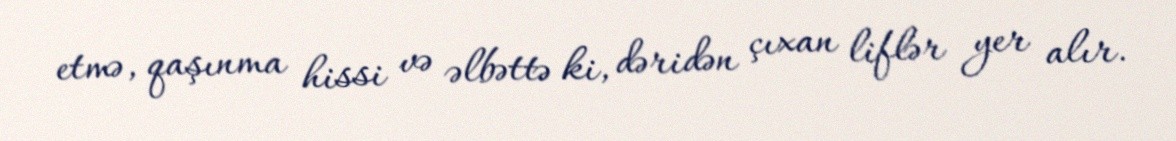
etmə, qaşınma hissi və əlbəttə ki, dəridən çıxan liflər yer alır.